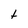
Character: t